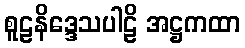
စူဠနိဒ္ဒေသပါဠိ အဋ္ဌကထာ